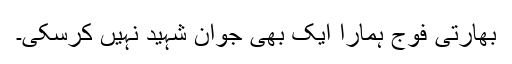
بھارتی فوج ہمارا ایک بھی جوان شہید نہیں کرسکی۔